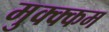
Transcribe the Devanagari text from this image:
मुक्क्कम